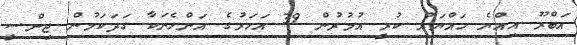
އަބްރޫ އިއްޔެ ހައްޔަރު ކުރީ އުމުރުން 39 އަހަރުގެ އަންހެނަކާ ގަދަަކަމުން ޖިންސީ